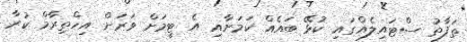
ތަފާތު ސްޓައިލެއްގައި ކުޅޭ ބައެއް ކަމަށާއި އެ ޓީމަށް ވަރަށް އިހްތިރާމް ކުރާ